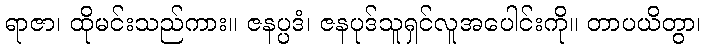
ရာဇာ၊ ထိုမင်းသည်ကား။ ဇနပ္ပဒံ၊ ဇနပုဒ်သူရှင်လူအပေါင်းကို။ တာပယိတွာ၊